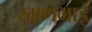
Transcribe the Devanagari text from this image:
रमणभाई